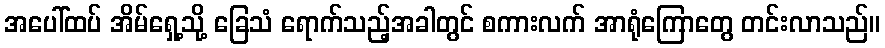
အပေါ်ထပ် အိမ်ရှေ့သို့ ခြေသံ ရောက်သည့်အခါတွင် စကားလက် အာရုံကြောတွေ တင်းလာသည်။